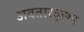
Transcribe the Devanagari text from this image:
अवतारकृष्ण